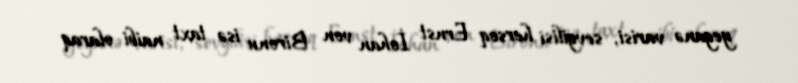
yeganə varisi, sevgilisi hersoq Ernst İohan von Bironu isə taxt naibi olaraq